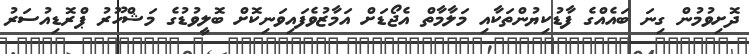
ދޮށިވުމުން ގިނަ ބައެއްގެ ފާޑުކިޔުންތަކާއި މަލާމާތް އެޖޯޑަށް އަމާޒުވެފައިވަނިކޮށް ބޮލީވުޑުގެ މަޝްހޫރު ޕްރޮޑިއުސަރު